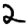
Digit: 2